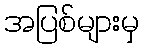
အပြစ်များမှ